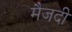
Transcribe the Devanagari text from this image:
मैजदी